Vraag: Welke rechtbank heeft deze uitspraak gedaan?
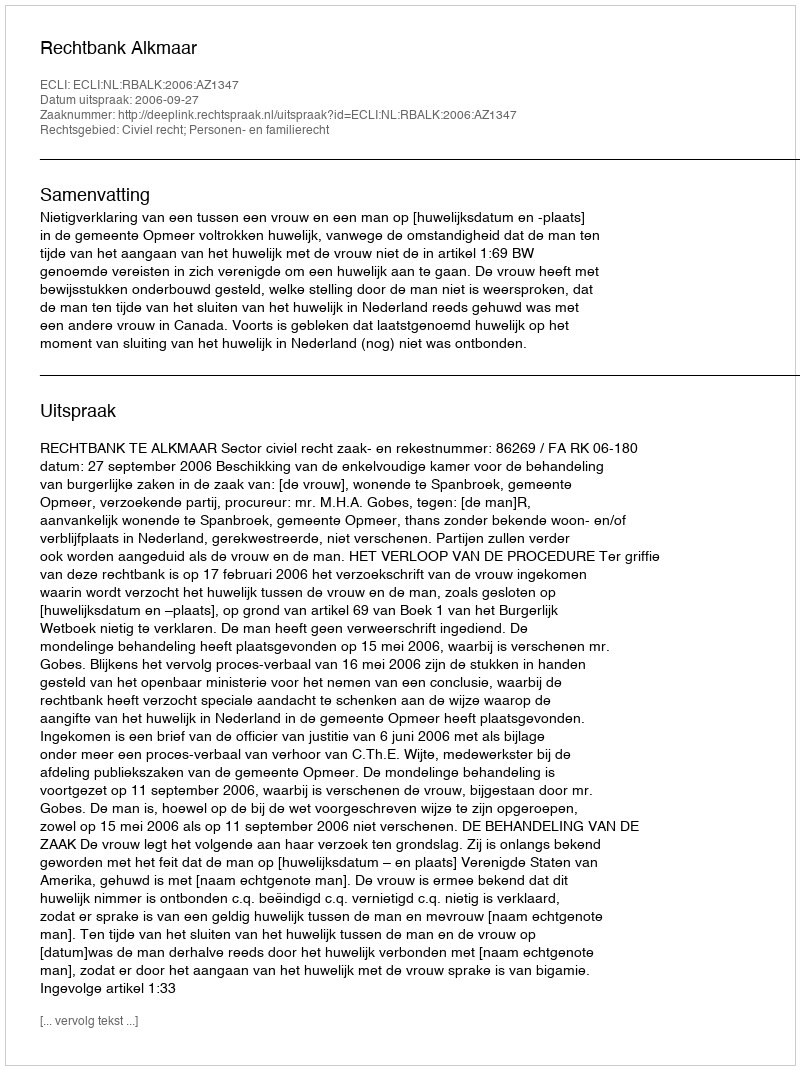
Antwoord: Rechtbank Alkmaar